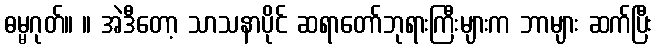
ဓမ္မဂုတ်။ ။ အဲဒီတော့ သာသနာပိုင် ဆရာတော်ဘုရားကြီးများက ဘာများ ဆက်ပြီး